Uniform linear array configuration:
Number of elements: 48
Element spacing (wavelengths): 0.25
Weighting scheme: binomial
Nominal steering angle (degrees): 45
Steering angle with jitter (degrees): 45.287
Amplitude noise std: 0.05
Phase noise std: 0.05

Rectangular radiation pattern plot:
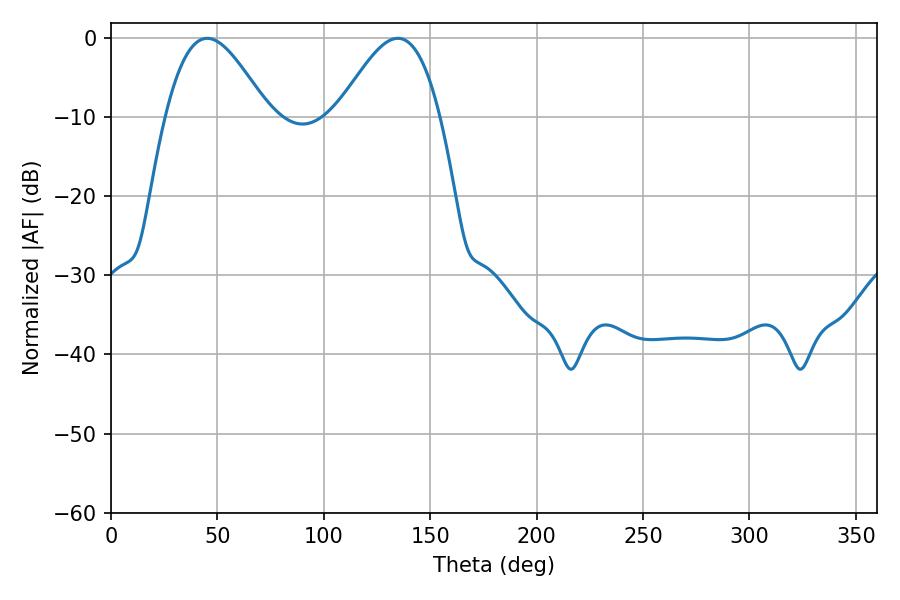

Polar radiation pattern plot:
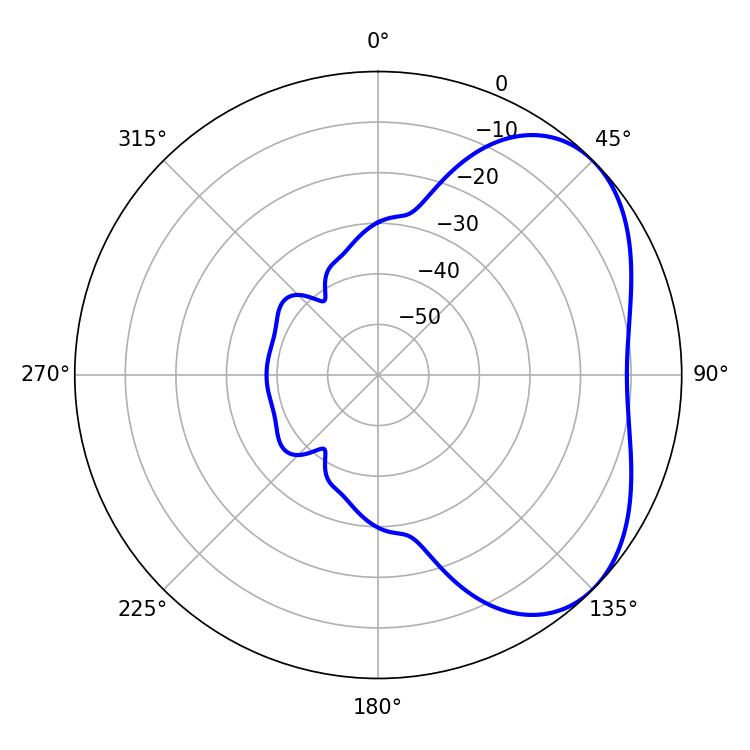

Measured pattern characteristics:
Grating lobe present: FALSE
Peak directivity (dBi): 4.21
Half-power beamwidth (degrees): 25.74
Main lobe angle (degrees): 45.18